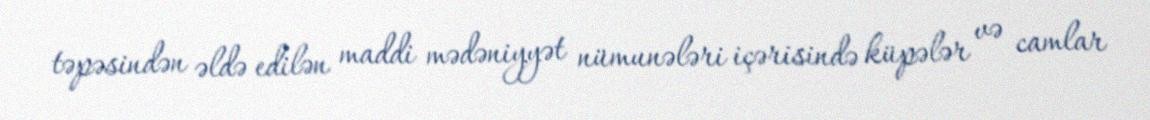
təpəsindən əldə edilən maddi mədəniyyət nümunələri içərisində küpələr və camlar